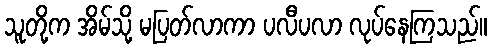
သူတို့က အိမ်သို့ မပြတ်လာကာ ပလီပလာ လုပ်နေကြသည်။